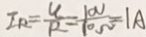
I _ { R } = \frac { U } { R } = \frac { 1 0 V } { 1 0 \Omega } = 1 A